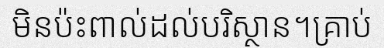
មិនប៉ះពាល់ដល់បរិស្ថាន។គ្រាប់